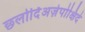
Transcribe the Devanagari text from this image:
छ्लोर्दिअज़ेपोक्षिदे